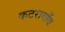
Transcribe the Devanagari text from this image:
कटरागाँव